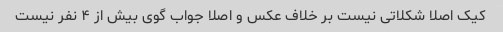
کیک اصلا شکلاتی نیست بر خلاف عکس و اصلا جواب گوی بیش از ۴ نفر نیست